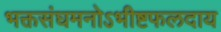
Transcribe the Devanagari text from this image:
भक्तसंघमनोऽभीष्टफलदाय